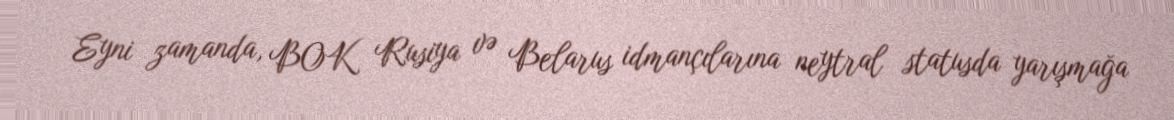
Eyni zamanda, BOK Rusiya və Belarus idmançılarına neytral statusda yarışmağa